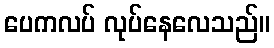
ပေကလပ် လုပ်နေလေသည်။